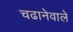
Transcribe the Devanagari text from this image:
चढानेवाले